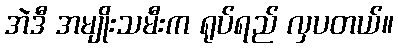
အဲဒီ အမျိုးသမီးက ရုပ်ရည် လှပတယ်။